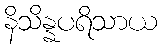
နိသိန္နပရိသာယ